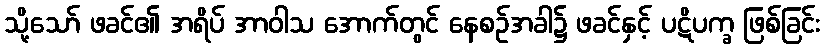
သို့သော် ဖခင်၏ အရိပ် အာဝါသ အောက်တွင် နေစဉ်အခါ၌ ဖခင်နှင့် ပဋိပက္ခ ဖြစ်ခြင်း